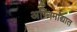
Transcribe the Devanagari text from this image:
अग्निमांद्यात